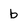
Character: b